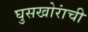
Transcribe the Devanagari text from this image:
घुसखोरांची